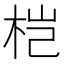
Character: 桤